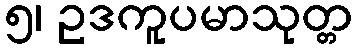
၅၊ ဥဒကူပမာသုတ္တ